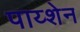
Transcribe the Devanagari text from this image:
पाय्शेन